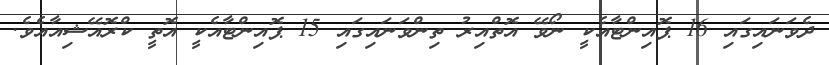
ދެވަނައިގައި 16 ޕޮއިންޓާއެކީ ނޯވޭ އޮތްއިރު ތިންވަނައިގައި 15 ޕޮއިންޓާއެކީ އޮތީ ކްރޮއޭޝިއާއެވެ.